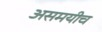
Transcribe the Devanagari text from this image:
असमयीच